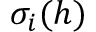
\sigma _ { i } ( h )